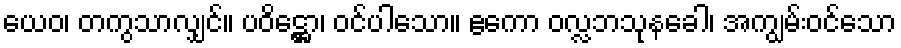
ယေဝ၊ တကွသာလျှင်။ ပဝိဋ္ဌော၊ ဝင်ပါသော။ ဧကော ဝလ္လဘသုနခေါ၊ အကျွမ်းဝင်သော